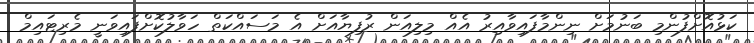
ކަޅުއޮށްފުންމި ބަނުމަށް ނިންމާފައިވާއިރު އެއް މިލިއަން ރުފިޔާއަށް އެ މަސައްކަތް ހަވާލުކޮށްފައިވަނީ މެރިޓައިމް